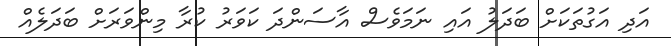
އަދި އަގުތަކަށް ބަދަލު އައި ނަމަވެސް އާސަންދަ ކަވަރު ކުރާ މިންވަރަށް ބަދަލެއް